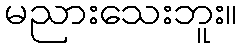
မညားသေးဘူး။